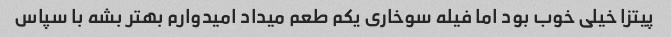
پیتزا خیلی خوب بود اما فیله سوخاری یکم طعم میداد امیدوارم بهتر بشه با سپاس